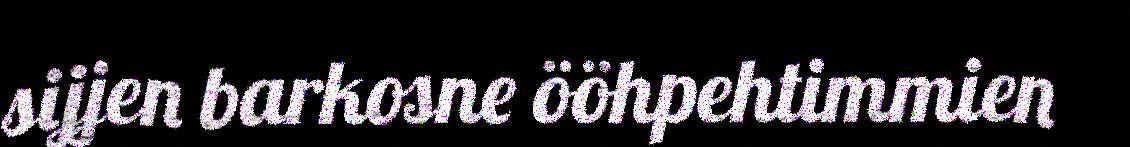
sijjen barkosne ööhpehtimmien